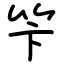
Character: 笇